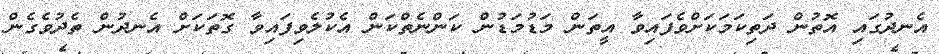
އެނދުގައި އޮތުން ދަތިކަމަކަށްވެފައިވާ އީތަން މަޑުމަޑުން ކަންނެތްކަން އެކުލެވިފައިވާ ގޮތަކަށް އެނދުން ތެދުވެގެން